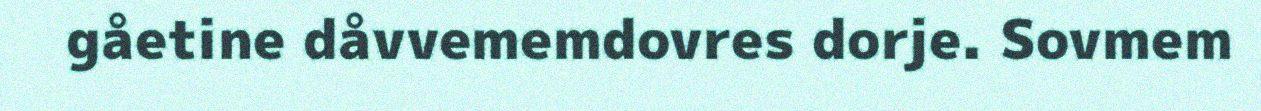
gåetine dåvvememdovres dorje. Sovmem